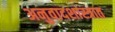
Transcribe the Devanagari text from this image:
अनुवादशास्त्रात